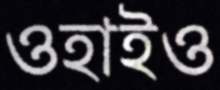
ওহাইও